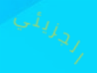
الجزيئي